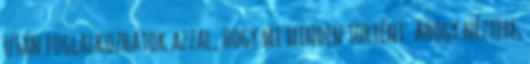
után foglalkozhatok azzal, hogy mi minden történt. Ahogy néztem,